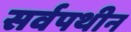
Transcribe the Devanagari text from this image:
सर्वपथीन